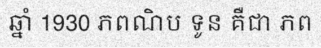
ឆ្នាំ 1930 ភពណិប ទូន គឺជា ភព